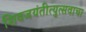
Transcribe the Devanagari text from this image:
शिवजयंतीत्युत्सवाचा